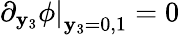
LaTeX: \left.\partial_{\mathbf{y}_{3}}\phi\right|_{\mathbf{y}_{3}=0,1}=0